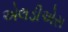
એલડીએસ